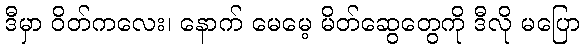
ဒီမှာ ဝိတ်ကလေး၊ နောက် မေမေ့ မိတ်ဆွေတွေကို ဒီလို မပြော